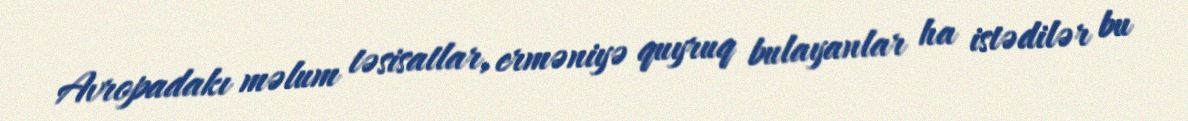
Avropadakı məlum təsisatlar, erməniyə quyruq bulayanlar ha istədilər bu